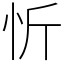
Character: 忻